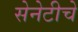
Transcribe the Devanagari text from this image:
सेनेटीचे